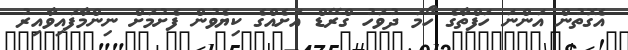
އެގޮތުން އަންނަ ހަފްތާގެ ހޯމަ ދުވަހު ގްރޭޑް އަށެއްގެ ކިޔެވުން ފެށުމަށް ނިންމާފައިވާއިރު